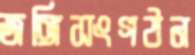
জঙ্গিসংগঠন